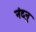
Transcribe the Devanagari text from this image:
नंदनु